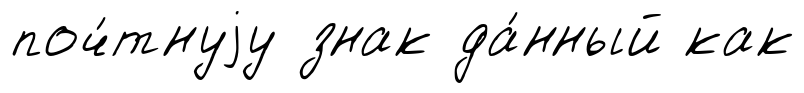
поч́тнуjу знак да́нный как